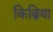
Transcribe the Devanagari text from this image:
किब्रिया